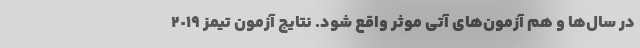
در سال‌ها و هم آزمون‌های آتی موثر واقع شود. نتایج آزمون تیمز ٢٠١٩